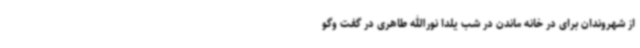
از شهروندان برای در خانه ماندن در شب یلدا نورالله طاهری در گفت وگو